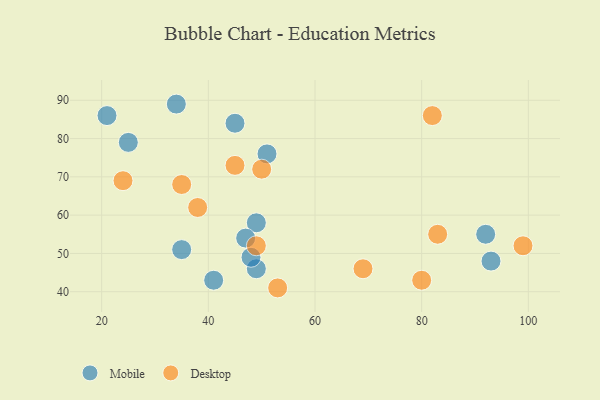
{"axis": {"x": "GDP", "y": "Life Expectancy"}, "legend": ["Desktop", "Mobile"], "data": [{"x": "93", "y": 48, "type": "Mobile"}, {"x": "49", "y": 46, "type": "Mobile"}, {"x": "49", "y": 58, "type": "Mobile"}, {"x": "41", "y": 43, "type": "Mobile"}, {"x": "48", "y": 49, "type": "Mobile"}, {"x": "45", "y": 84, "type": "Mobile"}, {"x": "92", "y": 55, "type": "Mobile"}, {"x": "51", "y": 76, "type": "Mobile"}, {"x": "35", "y": 51, "type": "Mobile"}, {"x": "21", "y": 86, "type": "Mobile"}, {"x": "47", "y": 54, "type": "Mobile"}, {"x": "25", "y": 79, "type": "Mobile"}, {"x": "34", "y": 89, "type": "Mobile"}, {"x": "38", "y": 62, "type": "Desktop"}, {"x": "53", "y": 41, "type": "Desktop"}, {"x": "35", "y": 68, "type": "Desktop"}, {"x": "83", "y": 55, "type": "Desktop"}, {"x": "49", "y": 52, "type": "Desktop"}, {"x": "50", "y": 72, "type": "Desktop"}, {"x": "82", "y": 86, "type": "Desktop"}, {"x": "45", "y": 73, "type": "Desktop"}, {"x": "80", "y": 43, "type": "Desktop"}, {"x": "69", "y": 46, "type": "Desktop"}, {"x": "99", "y": 52, "type": "Desktop"}, {"x": "24", "y": 69, "type": "Desktop"}]}